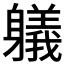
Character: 𲄯